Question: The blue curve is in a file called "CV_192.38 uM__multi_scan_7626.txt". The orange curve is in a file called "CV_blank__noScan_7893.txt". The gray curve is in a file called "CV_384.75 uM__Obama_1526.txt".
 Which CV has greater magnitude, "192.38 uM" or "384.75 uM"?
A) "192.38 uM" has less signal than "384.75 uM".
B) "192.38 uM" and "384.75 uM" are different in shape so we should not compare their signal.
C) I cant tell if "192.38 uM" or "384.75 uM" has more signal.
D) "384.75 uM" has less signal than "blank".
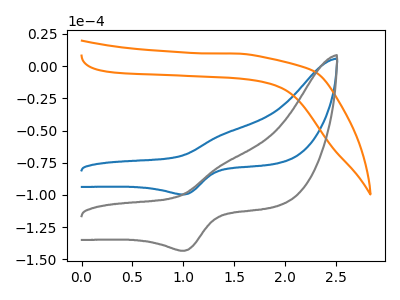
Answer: <think>The blue curve "192.38 uM" has an anodic peak at (1.40V, -52.75uA) and a cathodic peak at (1.00V, -99.65uA). The orange curve "blank" has no peaks. The gray curve "384.75 uM" has an anodic peak at (1.40V, -75.90uA) and a cathodic peak at (1.00V, -143.40uA).
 All the peaks in "192.38 uM" have a peak in "384.75 uM" at the same potential.</think>
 <answer>C) I cant tell if "192.38 uM" or "384.75 uM" has more signal.</answer>
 <eval>C</eval>